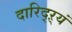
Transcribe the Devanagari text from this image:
दारिद्ऱ्यं